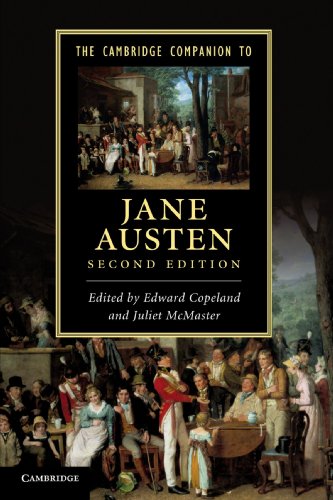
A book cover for The Cambridge Companion to Jane Austen (Cambridge Companions to Literature); Literature & Fiction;